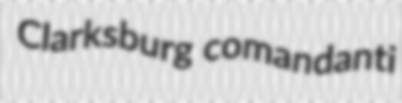
Clarksburg comandanti